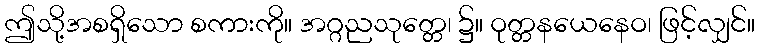
ဤသို့အစရှိသော စကားကို။ အဂ္ဂညသုတ္တေ၊ ၌။ ဝုတ္တနယေနေဝ၊ ဖြင့်လျှင်။